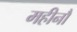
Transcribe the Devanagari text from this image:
महीनौ